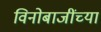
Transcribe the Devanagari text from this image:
विनोबाजींच्या